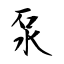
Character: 泵